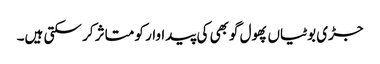
جڑی بوٹیاں پھول گوبھی کی پیداوار کو متاثر کر سکتی ہیں۔